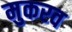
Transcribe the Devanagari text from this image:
मुकरव